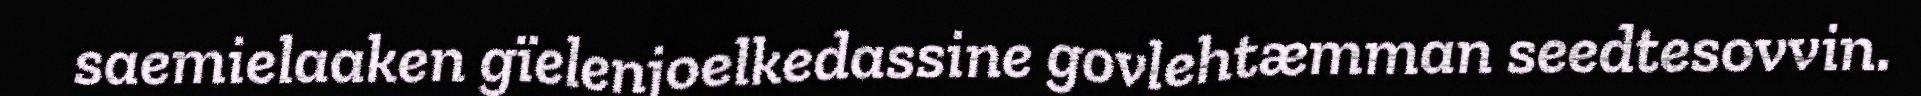
saemielaaken gïelenjoelkedassine govlehtæmman seedtesovvin.